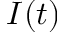
I ( t )